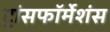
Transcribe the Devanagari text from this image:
ट्रांसफॉर्मेशंस